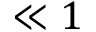
\ll 1